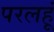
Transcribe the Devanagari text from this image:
परलहूं